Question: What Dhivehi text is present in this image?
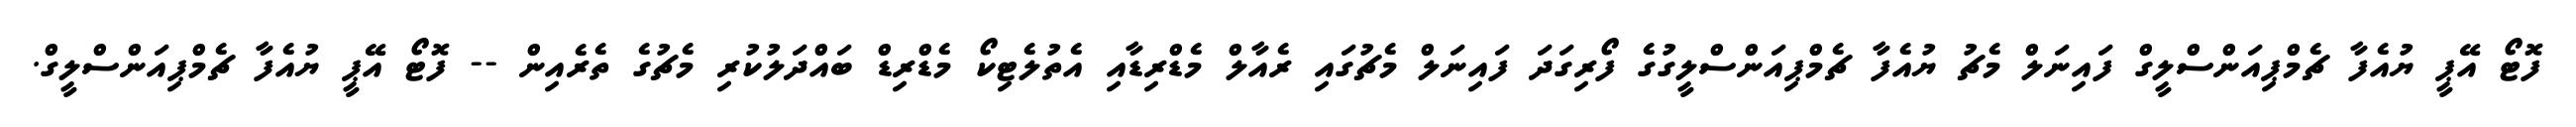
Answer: ފޮޓޯ އޭޕީ ޔުއެފާ ޗެމްޕިއަންސްލީގް ފައިނަލް މެޗު ޔުއެފާ ޗެމްޕިއަންސްލީގުގެ ފޯރިގަދަ ފައިނަލް މެޗުގައި ރެއާލް މެޑްރިޑާއި އެތުލެޓިކޯ މެޑްރިޑް ބައްދަލުކުރި މެޗުގެ ތެރެއިން -- ފޮޓޯ އޭޕީ ޔުއެފާ ޗެމްޕިއަންސްލީގް.